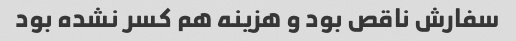
سفارش ناقص بود و هزینه هم کسر نشده بود